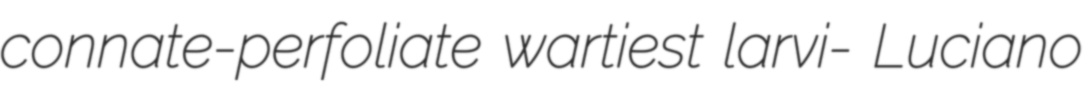
connate-perfoliate wartiest larvi- Luciano